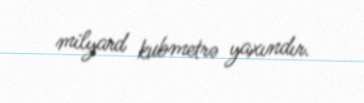
milyard kubmetrə yaxındır.